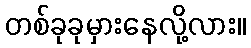
တစ်ခုခုမှားနေလို့လား။